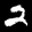
Label: 2